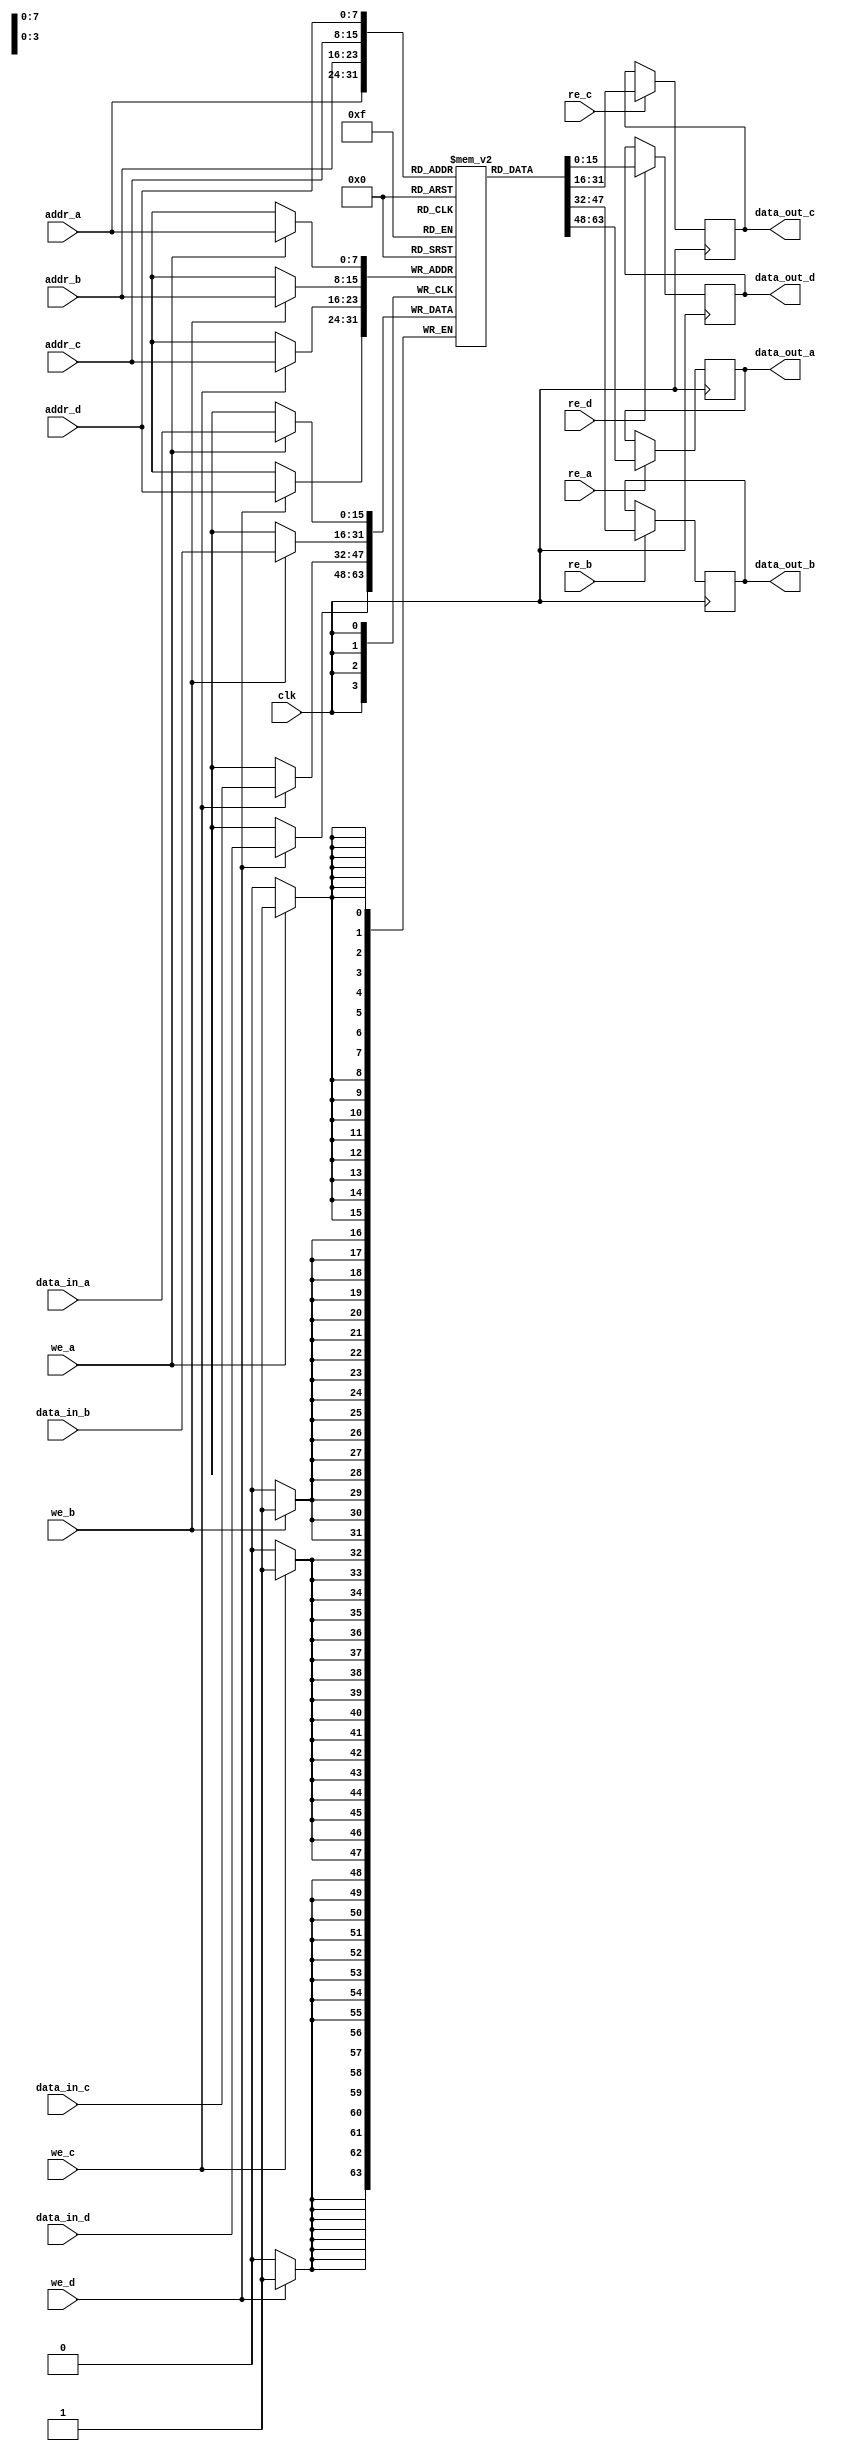
module quad_port_ram #(
    parameter N = 8, // Address width
    parameter M = 16 // Data width
)(
    input wire clk,
    
    // Port A
    input wire we_a,
    input wire re_a,
    input wire [N-1:0] addr_a,
    input wire [M-1:0] data_in_a,
    output reg [M-1:0] data_out_a,
    
    // Port B
    input wire we_b,
    input wire re_b,
    input wire [N-1:0] addr_b,
    input wire [M-1:0] data_in_b,
    output reg [M-1:0] data_out_b,
    
    // Port C
    input wire we_c,
    input wire re_c,
    input wire [N-1:0] addr_c,
    input wire [M-1:0] data_in_c,
    output reg [M-1:0] data_out_c,
    
    // Port D
    input wire we_d,
    input wire re_d,
    input wire [N-1:0] addr_d,
    input wire [M-1:0] data_in_d,
    output reg [M-1:0] data_out_d
);

    // Memory array declaration
    reg [M-1:0] ram [(1 << N) - 1:0]; // 2^N addresses of M bits each

    always @(posedge clk) begin
        // Port A operations
        if (we_a) begin
            ram[addr_a] <= data_in_a; // Write data to RAM
        end
        if (re_a) begin
            data_out_a <= ram[addr_a]; // Read data from RAM
        end
        
        // Port B operations
        if (we_b) begin
            ram[addr_b] <= data_in_b; // Write data to RAM
        end
        if (re_b) begin
            data_out_b <= ram[addr_b]; // Read data from RAM
        end
        
        // Port C operations
        if (we_c) begin
            ram[addr_c] <= data_in_c; // Write data to RAM
        end
        if (re_c) begin
            data_out_c <= ram[addr_c]; // Read data from RAM
        end
        
        // Port D operations
        if (we_d) begin
            ram[addr_d] <= data_in_d; // Write data to RAM
        end
        if (re_d) begin
            data_out_d <= ram[addr_d]; // Read data from RAM
        end
    end

endmodule